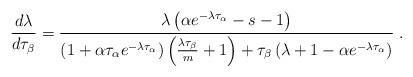
LaTeX: \begin{align*}\displaystyle\frac{d\lambda}{d\tau_\beta} = \frac{\lambda\left(\alpha e^{-\lambda\tau_\alpha}-s-1\right)}{\left(1+\alpha \tau_\alpha e^{-\lambda\tau_\alpha}\right)\left(\frac{\lambda\tau_\beta}{m}+1\right)+\tau_\beta\left(\lambda+1-\alpha e^{-\lambda\tau_\alpha}\right)}\;.\end{align*}